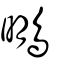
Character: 䳟